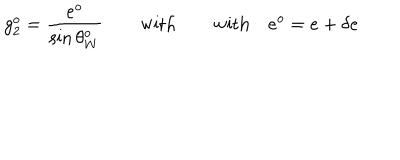
LaTeX: g _ { 2 } ^ { o } = { \frac { e ^ { o } } { \sin \theta _ { W } ^ { o } } } \qquad \mathrm { w i t h } \qquad \mathrm { w i t h } \quad e ^ { o } = e + \delta e